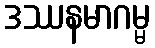
ဒဿနမာဂမ္မ